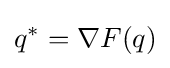
q^{*}=\nabla F(q)